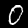
Digit: 0